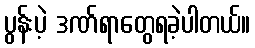
ပွန်းပဲ့ ဒဏ်ရာတွေရခဲ့ပါတယ်။